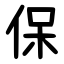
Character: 保